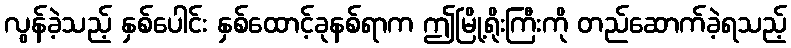
လွန်ခဲ့သည့် နှစ်ပေါင်း နှစ်ထောင့်ခုနစ်ရာက ဤမြို့ရိုးကြီးကို တည်ဆောက်ခဲ့ရသည့်